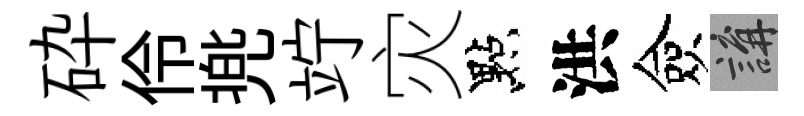
砕伶兠竚灾點洪僉講